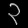
Digit: ၃